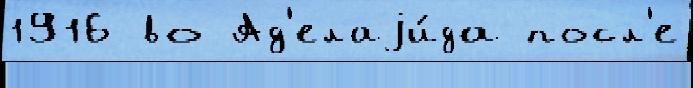
1916 во Ад'елаjи́да посл'е